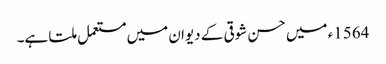
1564ء میں حسن شوقی کے دیوان میں مستعمل ملتا ہے۔